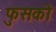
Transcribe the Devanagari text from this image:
फुसको